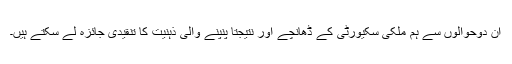
ان دوحوالوں سے ہم ملکی سکیورٹی کے ڈھانچے اور نتیجتاً پنپنے والی ذہنیت کا تنقیدی جائزہ لے سکتے ہیں۔